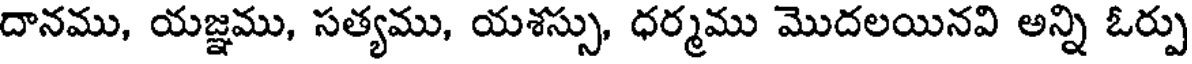
దానము, యజ్ఞము, సత్యము, యశస్సు, ధర్మము మొదలయినవి అన్ని ఓర్పు